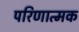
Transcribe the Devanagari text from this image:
परिणात्मक